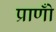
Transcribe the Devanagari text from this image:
प्राणोँ